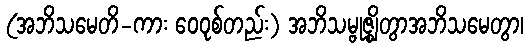
(အဘိသမေတိ-ကား ဝေဝုစ်တည်း) အဘိသမ္ဗုဇ္ဈိတွာအဘိသမေတွာ၊